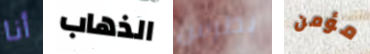
أنا الذهاب بطرس مؤمن